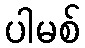
ပါမစ်